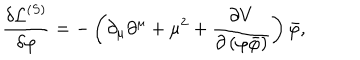
\frac { \delta \mathcal { L } ^ { \left( S \right) } } { \delta \varphi } = - \left( \partial _ { \mu } \partial ^ { \mu } + \mu ^ { 2 } + \frac { \partial V } { \partial \left( \varphi \bar { \varphi } \right) } \right) \bar { \varphi } ,